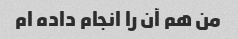
من هم آن را انجام داده ام